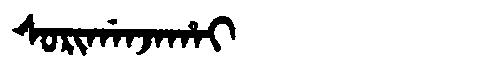
Manchu: ᠰᠣᡵᡳᡤᠠᠨᠵᠠᡥᠠᡳ
Romanization: SORIGANJAHAI